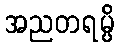
အညတရမ္ပိ